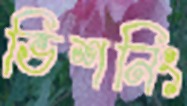
ভিশনিং